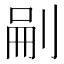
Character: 𭃬